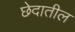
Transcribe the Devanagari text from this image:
छेदातील